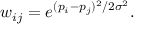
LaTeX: w _ { i j } = e ^ { ( p _ { i } - p _ { j } ) ^ { 2 } / 2 \sigma ^ { 2 } } .